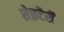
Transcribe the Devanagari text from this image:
सेक्रटैरी